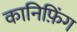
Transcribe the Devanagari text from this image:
कानिफ़िंग